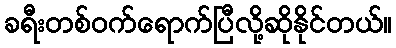
ခရီးတစ်ဝက်ရောက်ပြီလို့ဆိုနိုင်တယ်။